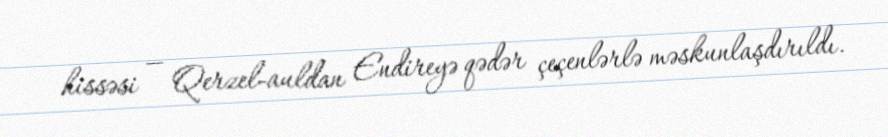
hissəsi — Qerzel-auldan Endireyə qədər çeçenlərlə məskunlaşdırıldı.